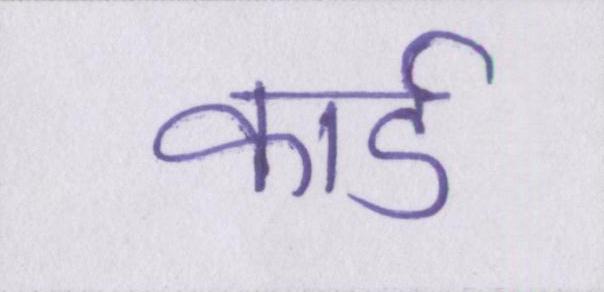
कार्ड